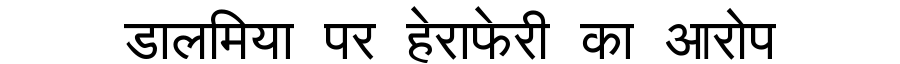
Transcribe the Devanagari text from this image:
डालमिया पर हेराफेरी का आरोप